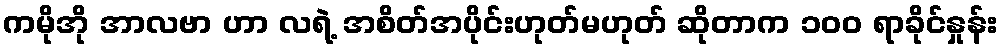
ကမိုအို အာလဗာ ဟာ လရဲ့ အစိတ်အပိုင်းဟုတ်မဟုတ် ဆိုတာက ၁၀၀ ရာခိုင်နှုန်း